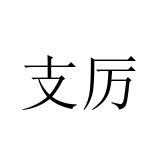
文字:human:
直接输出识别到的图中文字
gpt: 支厉